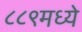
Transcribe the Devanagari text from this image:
८८९मध्ये